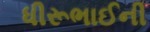
ધીરૂભાઈની